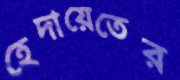
হেদায়েতের